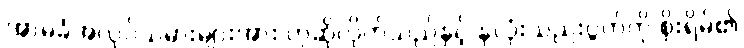
အာမခံအလုပ်သမားများအား ဟုဆိုလိုက်သည်နှင့် နှလုံးသည်းပွတ်ကို စိုးရိမ်၏